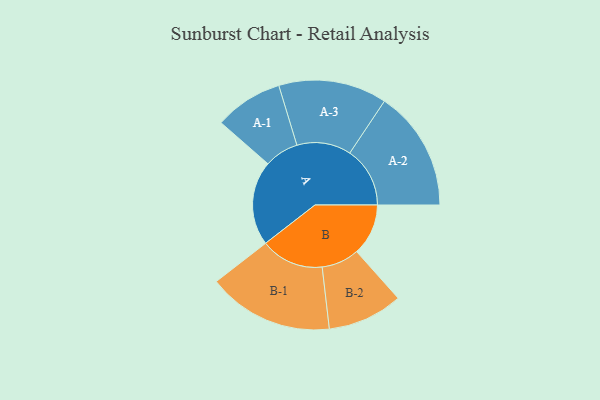
{"axis": {"x": "Segment", "y": "Value"}, "legend": ["", "A", "B"], "data": [{"x": "A", "y": 393, "type": ""}, {"x": "B", "y": 240, "type": ""}, {"x": "A-1", "y": 159, "type": "A"}, {"x": "A-2", "y": 280, "type": "A"}, {"x": "A-3", "y": 252, "type": "A"}, {"x": "B-1", "y": 293, "type": "B"}, {"x": "B-2", "y": 175, "type": "B"}]}